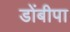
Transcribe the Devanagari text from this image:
डोंबीपा